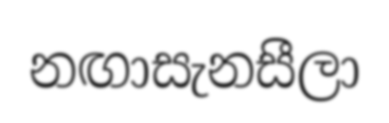
නඟාසැනසීලා